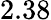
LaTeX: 2.38